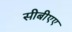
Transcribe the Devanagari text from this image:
सीबीएए